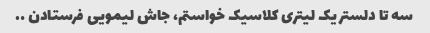
سه تا دلستر یک لیتری کلاسیک خواستم، جاش لیمویی فرستادن ….